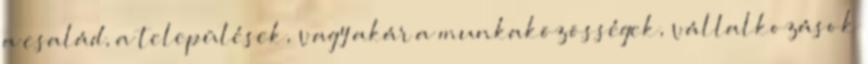
a család, a települések, vagy akár a munkaközösségek, vállalkozások